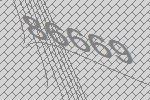
86669